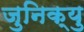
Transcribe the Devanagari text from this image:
जुनिक्यु